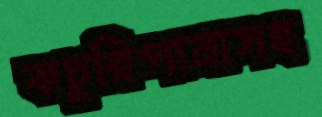
কচুরিপানাসহ